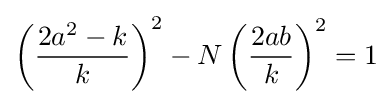
\left({\frac {2a^{2}-k}{k}}\right)^{2}-N\left({\frac {2ab}{k}}\right)^{2}=1